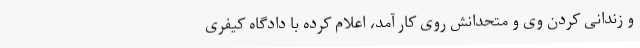
و زندانی کردن وی و متحدانش روی کار آمد، اعلام کرده با دادگاه کیفری